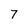
Character: 7